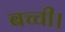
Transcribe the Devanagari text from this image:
बच्ची।